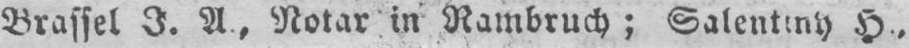
H.‚